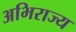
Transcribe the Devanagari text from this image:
अभिराज्य